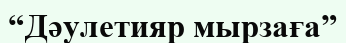
“Дәулетияр мырзаға”